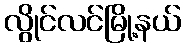
လွိုင်လင်မြို့နယ်